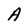
Character: A